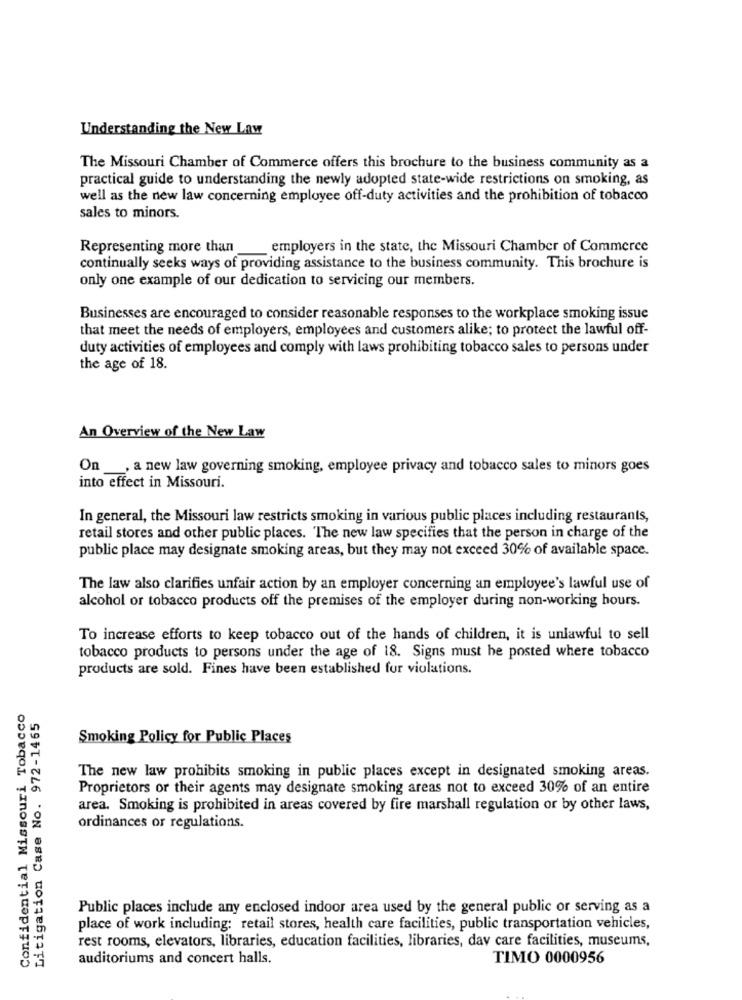
Understanding the New Law
The Missouri Chamber of Commerce offers this brochure to the business community as a
practical guide to understanding the newly adopted state-wide restrictions on smoking, as
well as the new law concerning employee off-duty activities and the prohibition of tobacco
sales to minors.
Representing more than
employers in the state, the Missouri Chamber of Commerce
continually seeks ways of providing assistance to the business community. This brochure is
only one example of our dedication to servicing our members.
Businesses are encouraged to consider reasonable responses to the workplace smoking issue
that meet the needs of employers, employees and customers alike; to protect the lawful off-
duty activities of employees and comply with laws prohibiting tobacco sales to persons under
the age of 18.
An Overview of the New Law
On , a new law governing smoking, employee privacy and tobacco sales to minors goes
into effect in Missouri.
In general, the Missouri law restricts smoking in various public places including restaurants,
retail stores and other public places. The new law specifies that the person in charge of the
public place may designate smoking areas, but they may not exceed 30% of available space.
The law also clarifies unfair action by an employer concerning an employee's lawful use of
alcohol or tobacco products off the premises of the employer during non-working hours.
To increase efforts to keep tobacco out of the hands of children, it is unlawful to sell
tobacco products to persons under the age of 18. Signs must be posted where tobacco
products are sold. Fines have been established fur violations.
Missouri Tobacco
Litigation Case No. 972-1465
Smoking Policy for Public Places
The new law prohibits smoking in public places except in designated smoking areas.
Proprietors or their agents may designate smoking areas not to exceed 30% of an entire
area. Smoking is prohibited in areas covered by fire marshall regulation or by other laws,
ordinances or regulations.
Confidential
Public places include any enclosed indoor area used by the general public or serving as a
place of work including: retail stores, health care facilities, public transportation vehicles,
rest rooms, elevators, libraries, education facilities, libraries, dav care facilities, museums,
auditoriums and concert halls.
TIMO 0000956